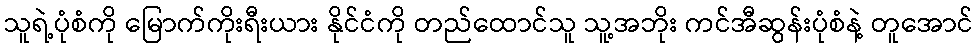
သူရဲ့ပုံစံကို မြောက်ကိုးရီးယား နိုင်ငံကို တည်ထောင်သူ သူ့အဘိုး ကင်အီဆွန်းပုံစံနဲ့ တူအောင်